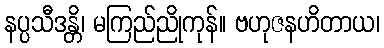
နပ္ပသီဒန္တိ၊ မကြည်ညိုကုန်။ ဗဟုဇနဟိတာယ၊